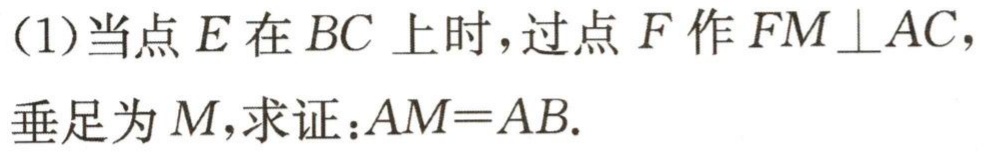
(1)当点\(E\)在\(BC\) 上时，过点\(F\)作\(FM\perp AC\)，垂足为\(M\)，求证：\(AM = AB\).